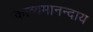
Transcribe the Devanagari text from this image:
काव्यमानन्दाय